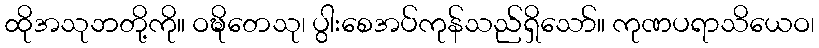
ထိုအသုဘတို့ကို။ ဝဍ္ဎိတေသု၊ ပွါးစေအပ်ကုန်သည်ရှိသော်။ ကုဏပရာသိယေဝ၊